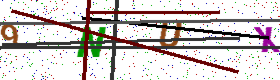
Text: 9NUX